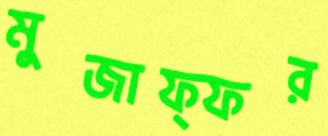
মুজাফ্ফর